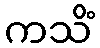
ကသိံ